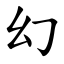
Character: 幻